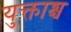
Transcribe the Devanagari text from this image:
युक्ताश्च